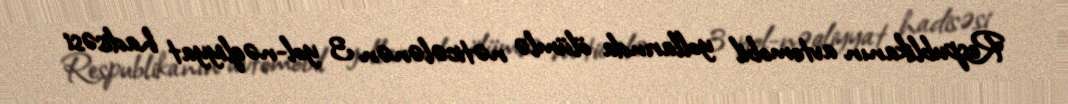
Respublikanın avtomobil yollarında ölümlə nəticələnən 3 yol-nəqliyyat hadisəsi